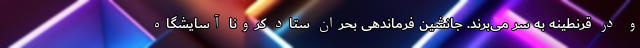
و در قرنطینه به سر می‌برند. جانشین فرماندهی بحران ستاد کرونا آسایشگاه